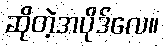
ဆိုတဲ့အပိုဒ်လေ။